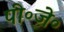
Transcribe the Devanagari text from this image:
पी॰जे॰